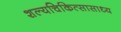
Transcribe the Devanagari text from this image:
शल्यचिकित्सासाध्य